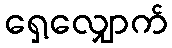
ရှေ့လျှောက်